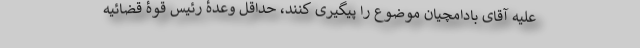
علیه آقای بادامچیان موضوع را پیگیری کنند، حداقل وعدۀ رئیس قوۀ قضائیه